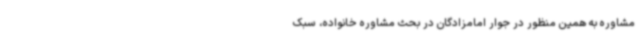
مشاوره به همین منظور در جوار امامزادگان در بحث مشاوره خانواده، سبک